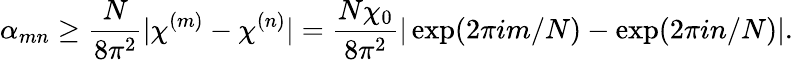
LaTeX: \alpha_{mn}\geq\frac{N}{8\pi^{2}}|\chi^{(m)}-\chi^{(n)}|=\frac{N\chi_{0}}{8\pi^{2}}|\exp(2\pi im/N)-\exp(2\pi in/N)|.